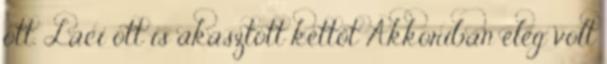
ott. Laci ott is akasztott kettőt Akkoriban elég volt